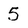
Character: 5